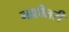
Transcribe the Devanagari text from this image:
नाहीतरी